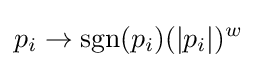
p_{i}\to \operatorname {sgn}(p_{i})(|p_{i}|)^{w}